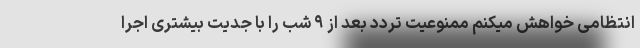
انتظامی خواهش میکنم ممنوعیت تردد بعد از ۹ شب را با جدیت بیشتری اجرا